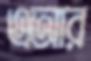
এআর